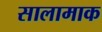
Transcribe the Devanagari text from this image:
सालामाक